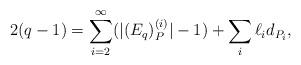
LaTeX: \begin{align*}2(q-1)=\sum_{i=2}^{\infty} (|(E_{q})_P ^{(i)}|-1) + \sum_{i} \ell_i d_{P_i}, \end{align*}